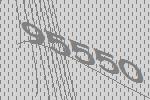
95550